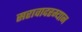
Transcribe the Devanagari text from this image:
सरावादरम्यान